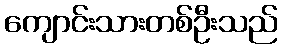
ကျောင်းသားတစ်ဦးသည်